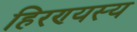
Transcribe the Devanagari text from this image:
हिरण्यस्य